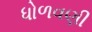
ધોળવણી